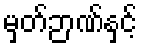
မှတ်ဉာဏ်နှင့်